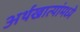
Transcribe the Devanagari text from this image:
अर्थखात्यांमध्ये